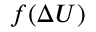
f ( \Delta U )